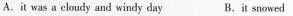
A.it was a cloudy and windy day B.īt snowed